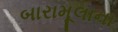
બારામૂલાના